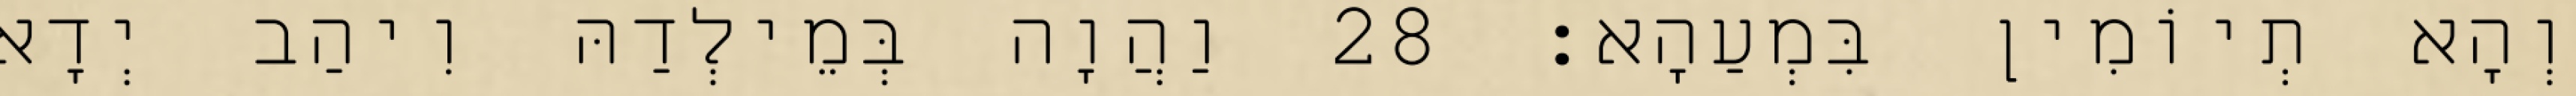
וְהָא תְיוֹמִין בִּמְעַהָא׃ 28 וַהֲוָה בְּמֵילְדַהּ וִיהַב יְדָא